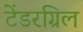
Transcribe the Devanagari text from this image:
टेंडरग्रिल